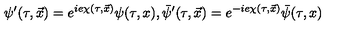
\psi ^ { \prime } ( \tau , \vec { x } ) = e ^ { i e \chi ( \tau , \vec { x } ) } \psi ( \tau , x ) { } , \bar { \psi } ^ { \prime } ( \tau , \vec { x } ) = e ^ { - i e \chi ( \tau , \vec { x } ) } \bar { \psi } ( \tau , x )